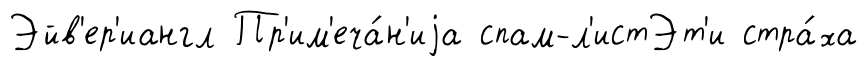
Эйв'ер'иангл Пр'им'еча́н'иjа спам-л'истЭт'и стра́ха